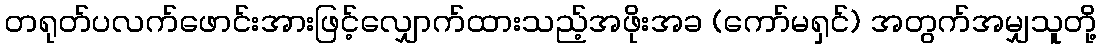
တရုတ်ပလက်ဖောင်းအားဖြင့်လျှောက်ထားသည့်အဖိုးအခ (ကော်မရှင်) အတွက်အမျှသူတို့